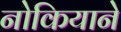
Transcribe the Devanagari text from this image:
नोकियाने